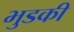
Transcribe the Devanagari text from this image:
भुडकी